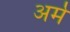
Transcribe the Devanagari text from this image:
अर्मे